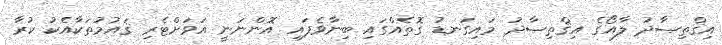
އިޤްތިޞާދު ލާއޯގެ އިޤްތިޞާދު މައިގަނޑު ގޮތެއްގައި ބިނާވެފައި އޮންނަނީ އަވަށްޓެރި ޤައުމުތަކާއެކު ކުރާ